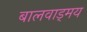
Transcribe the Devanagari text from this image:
बालवाड्मय